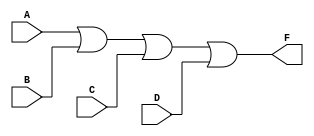
module my_or(input wire A,B,C,D, output wire F);
	assign F = A | B | C | D;
endmodule